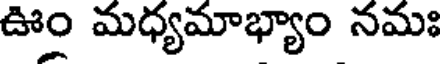
ఊం మధ్యమాభ్యాం నమః